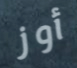
أوز